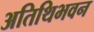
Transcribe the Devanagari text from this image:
अतिथिभवन